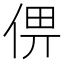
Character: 㑭